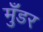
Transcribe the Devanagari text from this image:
मुँडर